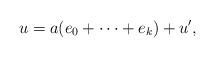
LaTeX: \begin{align*}u=a(e_0 + \dots + e_k)+u',\end{align*}